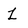
Character: Z